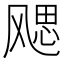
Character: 飔